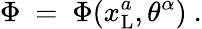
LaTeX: \Phi\ =\ \Phi(x_{\mathrm{L}}^{a},\theta^{\alpha})\ .